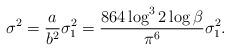
LaTeX: \begin{align*}\sigma^2 =\frac{a}{b^2}\sigma_1^2 =\frac{864\log^3 2 \log\beta}{\pi^6}\sigma_1^2.\end{align*}